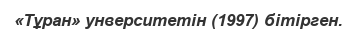
«Тұран» унверситетін (1997) бітірген.